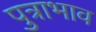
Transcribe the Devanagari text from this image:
पुत्राभाव